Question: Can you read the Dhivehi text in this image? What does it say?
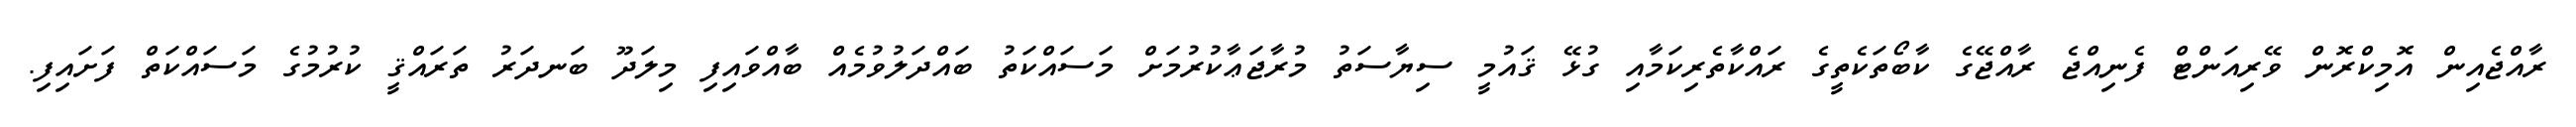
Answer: ރާއްޖެއިން އޮމިކްރޮން ވޭރިއަންޓް ފެނިއްޖެ ރާއްޖޭގެ ކާބޯތަކެތީގެ ރައްކާތެރިކަމާއި ގުޅޭ ޤައުމީ ސިޔާސަތު މުރާޖަޢާކުރުމަށް މަސައްކަތު ބައްދަލުވުމެއް ބާއްވައިފި މިލަދޫ ބަނދަރު ތަރައްޤީ ކުރުމުގެ މަސައްކަތް ފަށައިފި.